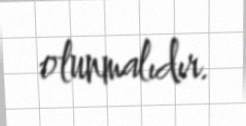
olunmalıdır.